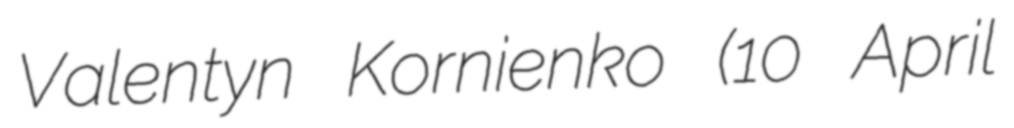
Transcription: Valentyn Kornienko (10 April